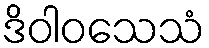
ဒိဝါဝသေသံ